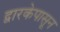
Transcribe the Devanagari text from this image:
द्वारकेपासून